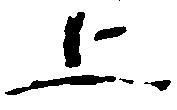
上